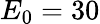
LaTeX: E_{0}=30